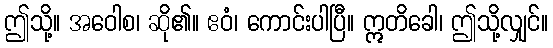
ဤသို့။ အဝေါစ၊ ဆို၏။ ဧဝံ၊ ကောင်းပါပြီ။ ဣတိခေါ၊ ဤသို့လျှင်။